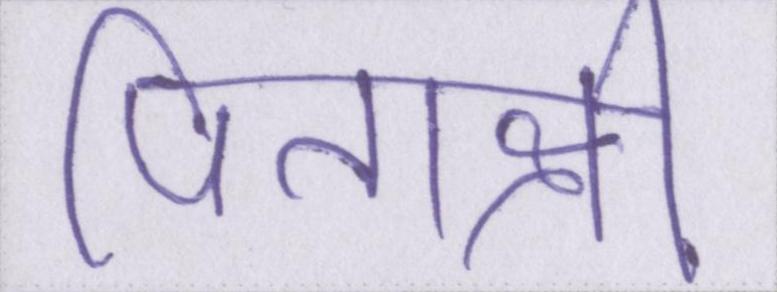
पिताश्री